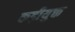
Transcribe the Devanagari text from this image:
कड़ीयुक्त